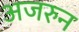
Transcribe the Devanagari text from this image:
अजरुन